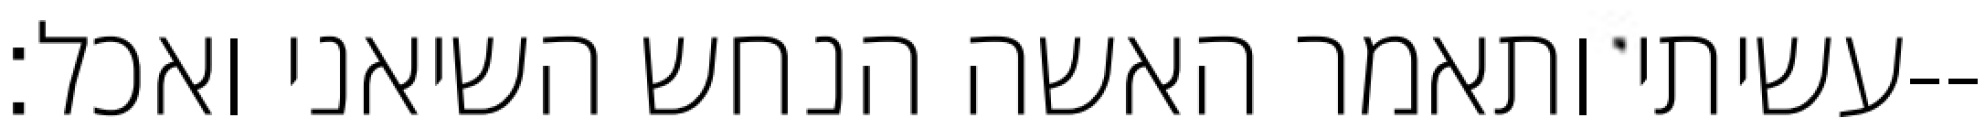
עשיתי ותאמר האשה הנחש השיאני ואכל׃--